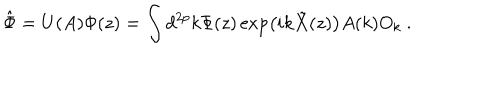
\hat { \Phi } = U ( A ) \Phi ( z ) = \int d ^ { 2 p } k \Phi ( z ) \exp \left( i k \tilde { X } ( z ) \right) A ( k ) O _ { k } \ .